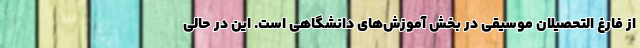
از فارغ التحصیلان موسیقی در بخش آموزش‌های دانشگاهی است. این در حالی